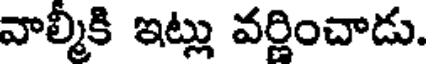
వాల్మీకి ఇట్లు వర్ణించాడు.